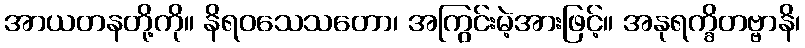
အာယတနတို့ကို။ နိရဝသေသတော၊ အကြွင်းမဲ့အားဖြင့်။ အနုရက္ခိတဗ္ဗာနိ၊